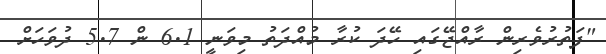
"ފަތުރުވެރިން ރާއްޖޭގައި ހޭދަ ކުރާ މުއްދަތު މިވަނީ 6.1 ން 5.7 ދުވަަހަށް